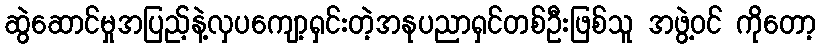
ဆွဲဆောင်မှုအပြည့်နဲ့လှပကျော့ရှင်းတဲ့အနုပညာရှင်တစ်ဦးဖြစ်သူ အဖွဲ့ဝင် ကိုတော့